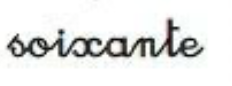
soixante